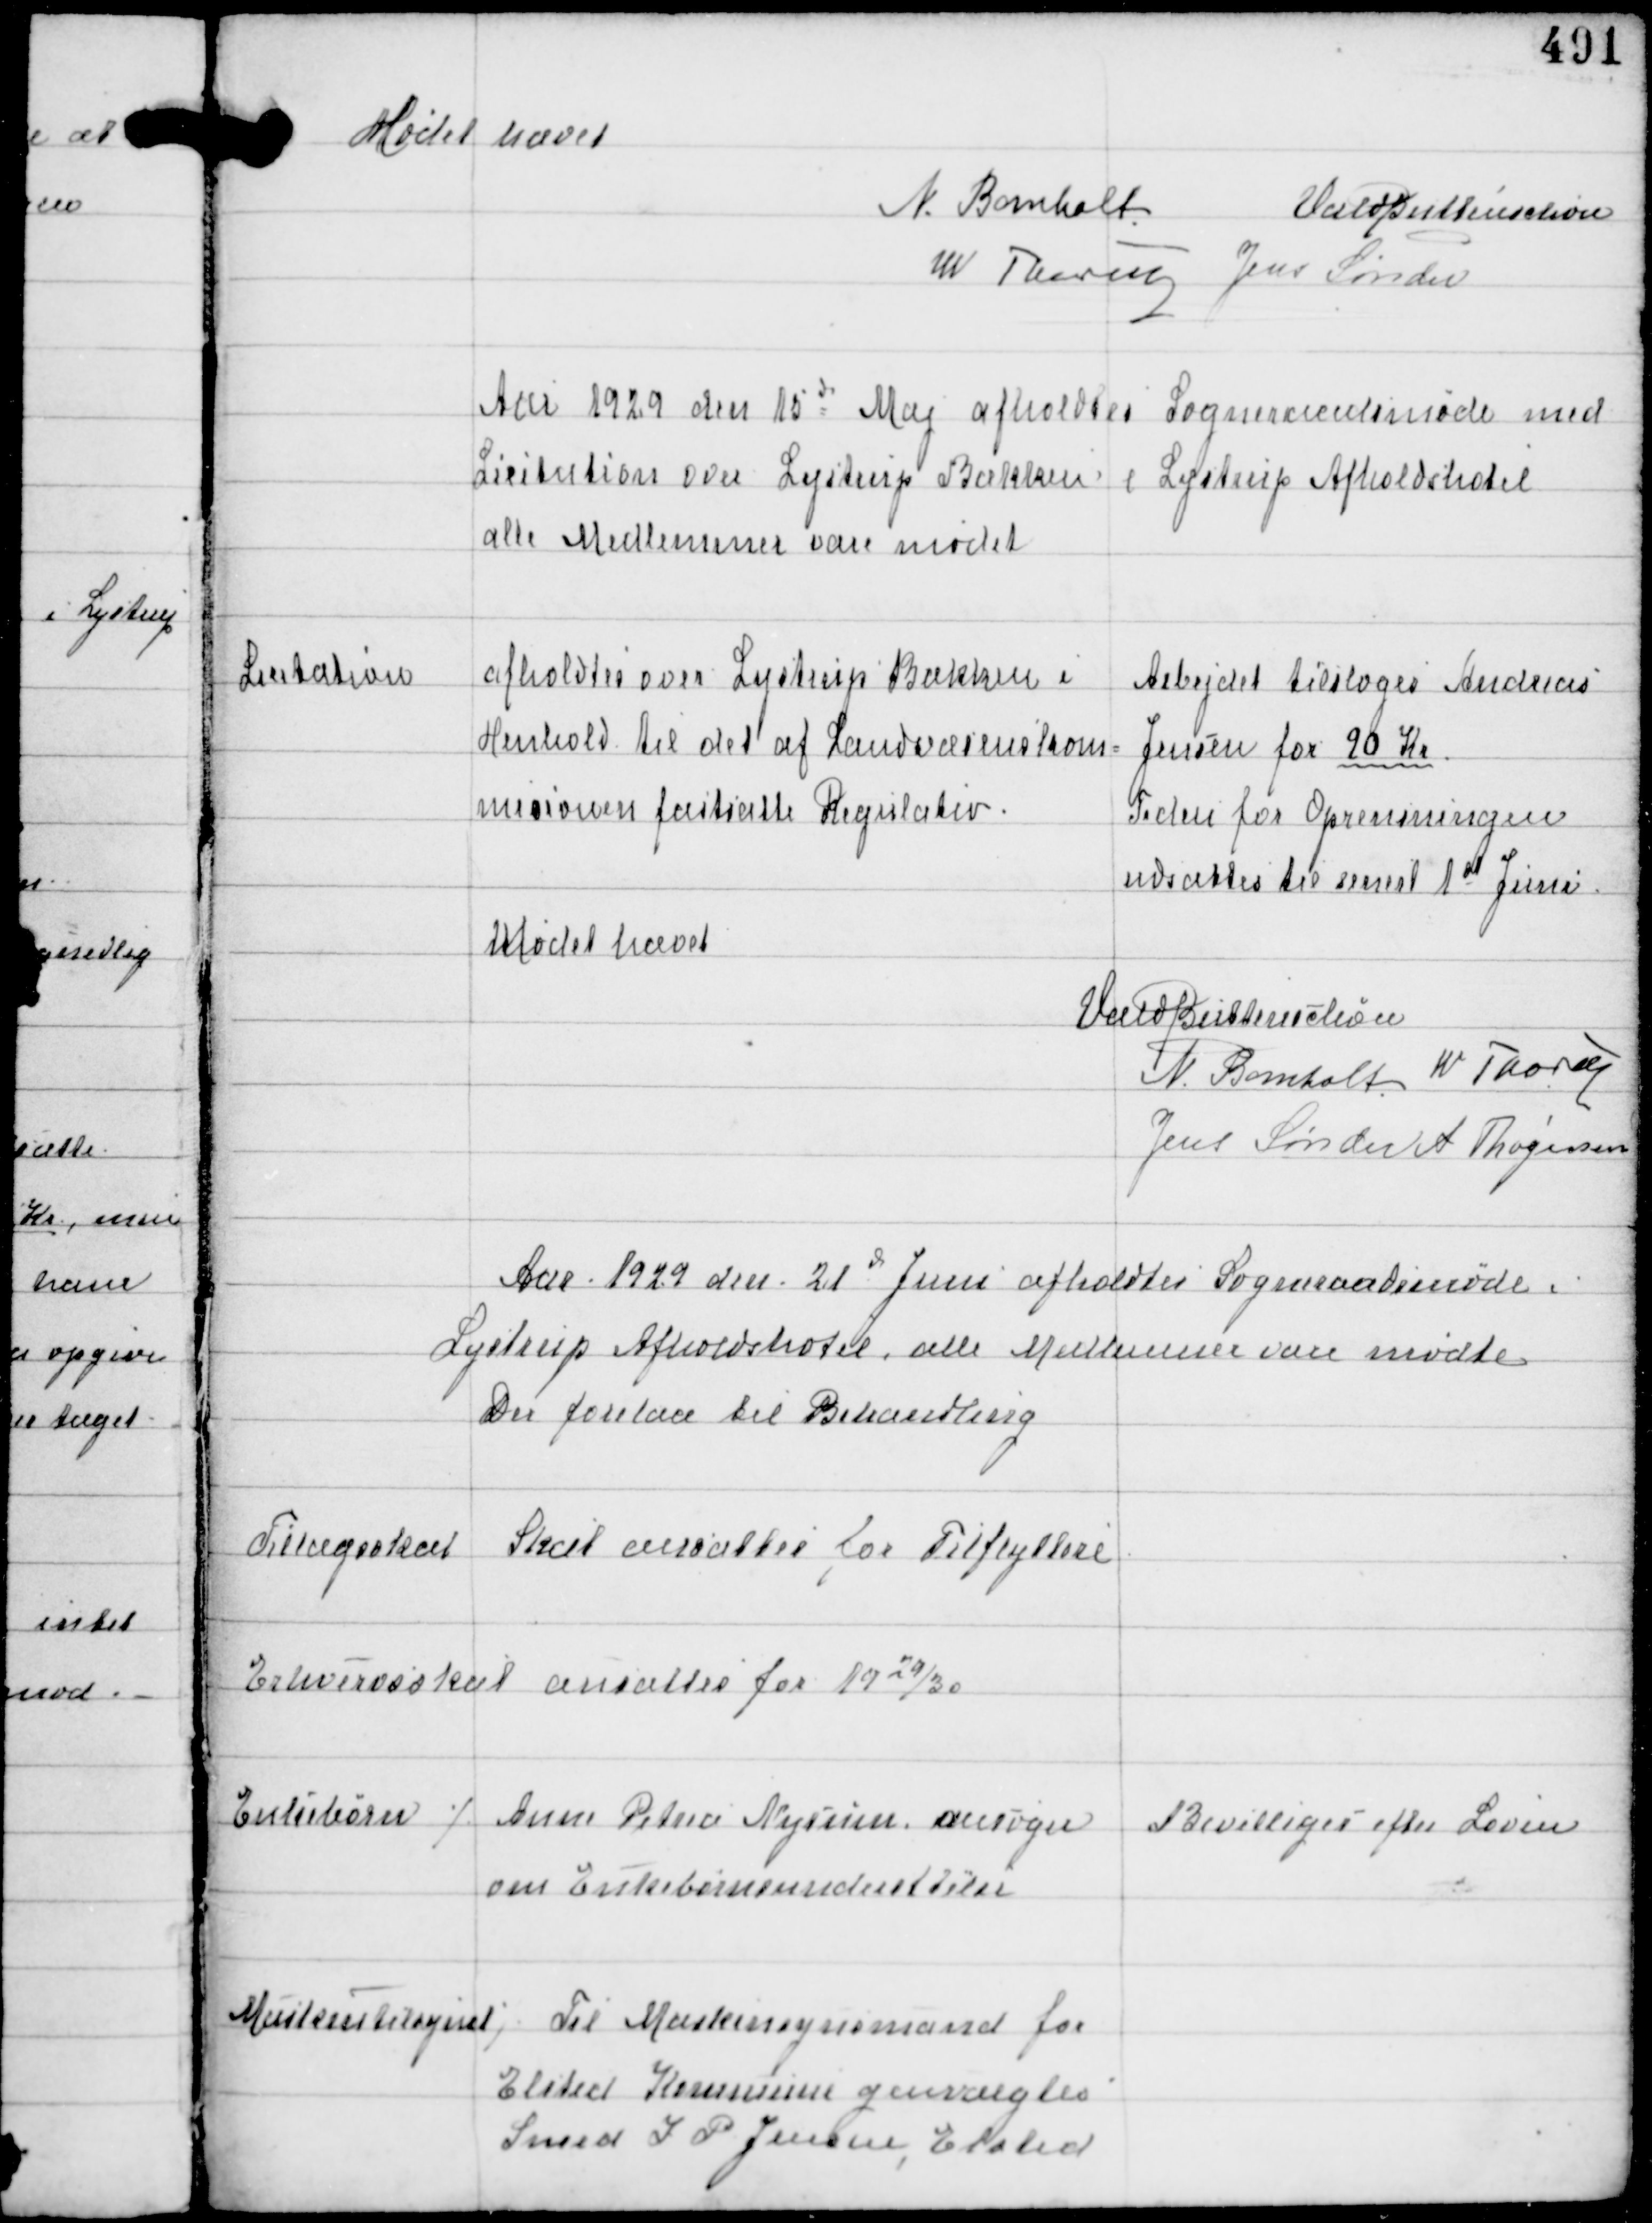
Transskription:
Mødet hævet
N Bomholt
Vald Buttenschøn
W Thorup Jens Sønder

Aar 1929 den 15d Maj afholdtes Sogneraadsmøde med
Licitation over Lystrup Bækken i Lystrup Afholdshotel
alle Medlemmer vare mødet

Licitation

afholdtes over Lystrup Bækken i
Henhold til det af Landværnskom-
misionen fastsatte Regulativ.

Arbejdet tilsloges Andreas
Jensen for 90 Kr
Tiden for Oprensningen
udsattes til senest 1st Juni

Mødet hævet
Vald Buttenschøn
N. Bomholt W Thorup
Jens Sønder A Thøgersen

Aar 1929 den 21d Juni afholdtes Sogneraadsmøde i
Lystrup Afholdshotel, alle Medlemmer vare mødte
Der forelaa til Behandling

Tillægsskat

Skat ansattes for Tilflyttere

Erhvervsskat ansattes for 1929/30

Enkebørn

⁒ Anne Petrea Nysum ansøger
om Enkebørneunderstøttelse

Bevilliges efter Loven

Maskintilsynet

⁒ Til Maskintilsynsmand for
Elsted Kommune genvalgtes
Smed I P Jensen, Elsted